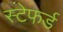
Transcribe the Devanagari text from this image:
स्टेफर्ड